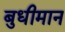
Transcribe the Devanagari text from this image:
बुधीमान